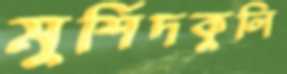
মুর্শিদকুলি